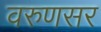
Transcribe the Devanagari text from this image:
वरुणसर